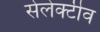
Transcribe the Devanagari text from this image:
सेलेक्टीव